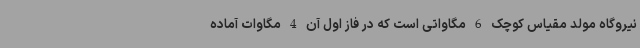
نیروگاه مولد مقیاس کوچک 6 مگاواتی است که در فاز اول آن 4 مگاوات آماده